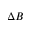
\Delta B